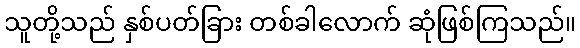
သူတို့သည် နှစ်ပတ်ခြား တစ်ခါလောက် ဆုံဖြစ်ကြသည်။